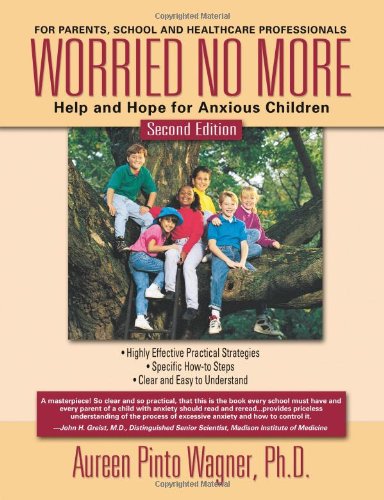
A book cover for Worried No More: Help and Hope for Anxious Children; Aureen Pinto Wagner Ph.D.; Health, Fitness & Dieting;